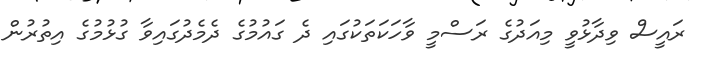
ރައީސް ވިދާޅުވީ މިއަދުގެ ރަސްމީ ވާހަކަތަކުގައި ދެ ގައުމުގެ ދެމެދުގައިވާ ގުޅުމުގެ އިތުރުން